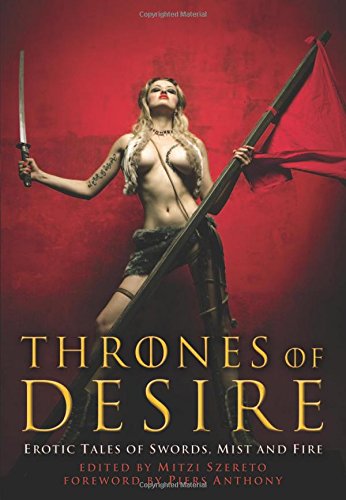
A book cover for Thrones of Desire: Erotic Tales of Swords, Mist and Fire; Romance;